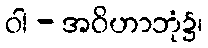
ဝါ - အဝိဟာဘုံ၌၊